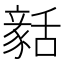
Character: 𧱳